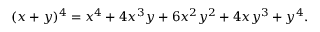
( x + y ) ^ { 4 } = x ^ { 4 } + 4 x ^ { 3 } y + 6 x ^ { 2 } y ^ { 2 } + 4 x y ^ { 3 } + y ^ { 4 } .